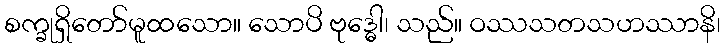
စက္ခုရှိတော်မူထသော။ သောပိ ဗုဒ္ဓေါ၊ သည်။ ဝဿသတသဟဿာနိ၊